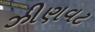
ઝીણવટ